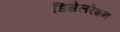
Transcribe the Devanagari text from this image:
डिसेलरेशन